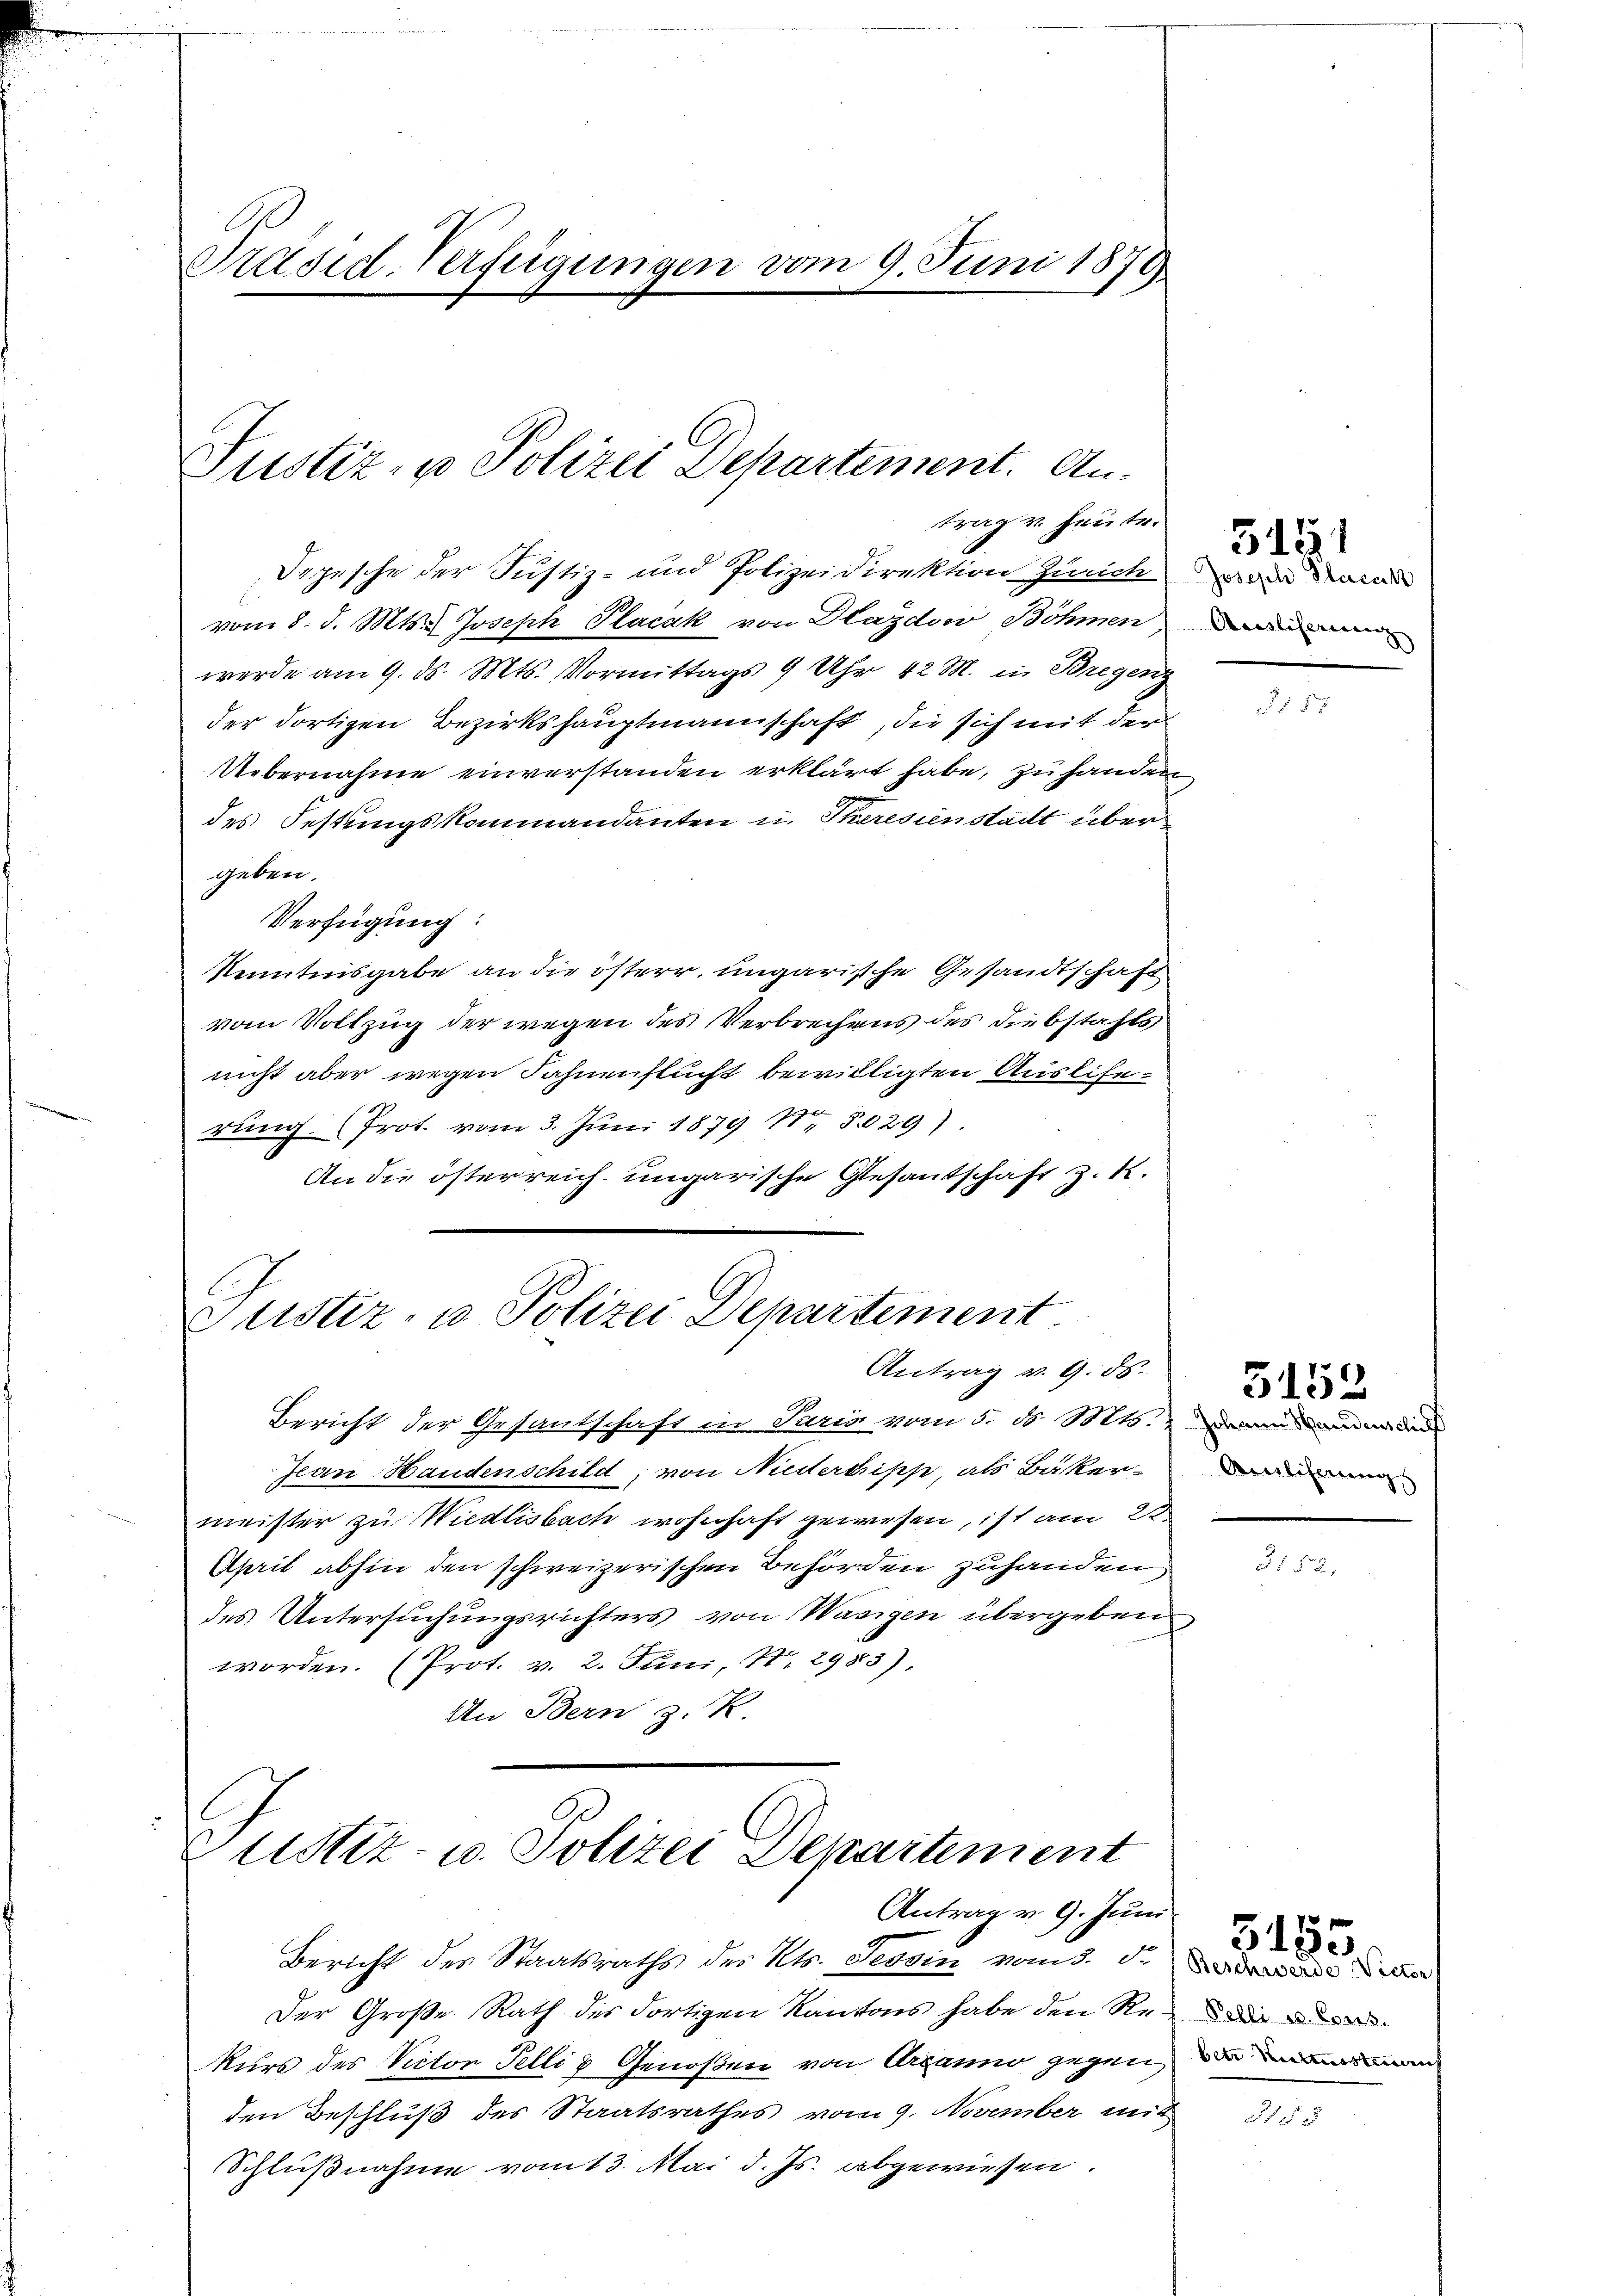
Präsid. Verfügungen vom 9. Juni 1878

Depesche der Justiz- und Polizeidirektion Zürich an daran
vom 8. d. Mts. Joseph Placak von Dlazdow Böhmen, dann
werde am 9. ds. Mts. Vormittags 9 Uhr 42 M. in Bregenz
der dortigen Bezirkshauptmannschaft, die sich mit der
Uebernahme einverstanden erklärt habe, zu handen,
des Festungskommandanten in Theresienstadt übergeben.
Verfügung:
Kenntnisgabe an die österr. ungarische Gesandtschaft
vom Vollzug der wegen des Verbrechens des Diebstahls
nicht aber wegen Fahnenflucht bewilligten Ausliserung. (Prot. vom 3. Juni 1879 18. 3029.
An die österreich ungarische Gesantschaft z. u.

Justiz- u Polizei Departement. An-
trag v. heute.

Bericht der Gesantschaft in Paria vom 5. ds. Mts. an
Jean Handenschild, von Niedernisse, als Bäkermeister zu Wiedlisbach wohnhaft gewesen, ist am 20
April abhin den schweizerischen Behörden zuhanden,
des Untersuchungsrichters von Wasigen übergeben
worden. (Prot. v. 2. Juni, Nr. 2983).
An Bern z. R.

Justiz- u Polizei Departement
Antrag v. 9. ds.

Justiz- u. Polizei Departement
Antrag v. 9. Juni

Bericht des Staatsraths des Kts. Tessin vom 3. d.
Der Große Rath des dortigen Kantons habe den Rekurs des Victor Felli & Genoßen von Arranno gegen,
den Beschluß des Staatsrathes vom 9. November mit
Schlußnahme vom 13. Mai d. Js. abgewiesen.

3151

2f 5 x

Ainliferungs

5152

Beschwerde Victor
Polli u. Cons.
betr Kultussteuern

5155

3153